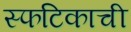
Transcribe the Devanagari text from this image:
स्फटिकाची